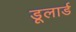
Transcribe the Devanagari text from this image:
डूलार्ड